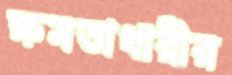
ক্ষমতাধারীর